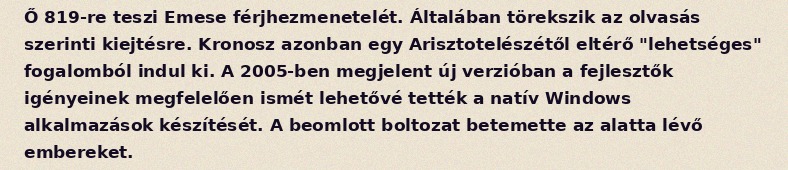
Ő 819-re teszi Emese férjhezmenetelét. Általában törekszik az olvasás szerinti kiejtésre. Kronosz azonban egy Arisztotelészétől eltérő "lehetséges" fogalomból indul ki. A 2005-ben megjelent új verzióban a fejlesztők igényeinek megfelelően ismét lehetővé tették a natív Windows alkalmazások készítését. A beomlott boltozat betemette az alatta lévő embereket.